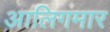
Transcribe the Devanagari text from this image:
आलिगमार